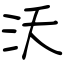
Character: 沃